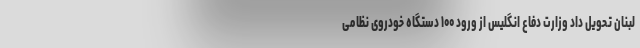
لبنان تحویل داد وزارت دفاع انگلیس از ورود ۱۰۰ دستگاه خودروی نظامی